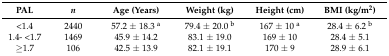
| PAL | n | Age (Years) | Weight (kg) | Height (cm) | BMI (kg/m2) |
 | --- | --- | --- | --- | --- | --- |
 | <1.4 | 2440 | 57.2 ± 18.3 a | 79.4 ± 20.0 b | 167 ± 10 a | 28.4 ± 6.2 b |
 | 1.4- <1.7 | 1469 | 45.9 ± 14.2 | 83.1 ± 19.0 | 169 ± 10 | 28.4 ± 5.1 |
 | ≥1.7 | 106 | 42.5 ± 13.9 | 82.1 ± 19.1 | 170 ± 9 | 28.9 ± 6.1 |